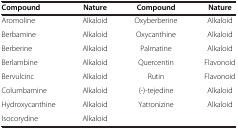
<table><thead><tr><td><b>Compound</b></td><td><b>Nature</b></td><td><b>Compound</b></td><td><b>Nature</b></td></tr></thead><tbody><tr><td>Aromoline</td><td>Alkaloid</td><td>Oxyberberine</td><td>Alkaloid</td></tr><tr><td>Berbamine</td><td>Alkaloid</td><td>Oxycanthine</td><td>Alkaloid</td></tr><tr><td>Berberine</td><td>Alkaloid</td><td>Palmatine</td><td>Alkaloid</td></tr><tr><td>Berlambine</td><td>Alkaloid</td><td>Quercentin</td><td>Flavonoid</td></tr><tr><td>Bervulcinc</td><td>Alkaloid</td><td>Rutin</td><td>Flavonoid</td></tr><tr><td>Columbamine</td><td>Alkaloid</td><td>(-)-tejedine</td><td>Alkaloid</td></tr><tr><td>Hydroxycanthine</td><td>Alkaloid</td><td>Yatronizine</td><td>Alkaloid</td></tr><tr><td>Isocorydine</td><td>Alkaloid</td><td> </td><td> </td></tr></tbody></table>